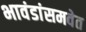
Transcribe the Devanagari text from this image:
भावंडांसमवेत